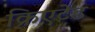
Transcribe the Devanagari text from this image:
क्रिएटेड